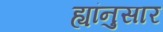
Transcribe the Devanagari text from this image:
ह्यांनुसार